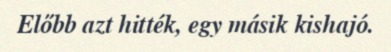
Előbb azt hitték, egy másik kishajó.